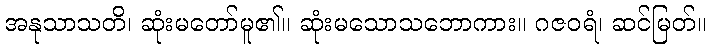
အနုသာသတိ၊ ဆုံးမတော်မူ၏။ ဆုံးမသောသဘောကား။ ဂဇဝရံ၊ ဆင်မြတ်။